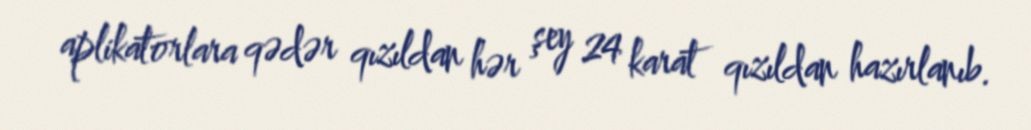
aplikatorlara qədər qızıldan hər şey 24 karat qızıldan hazırlanıb.